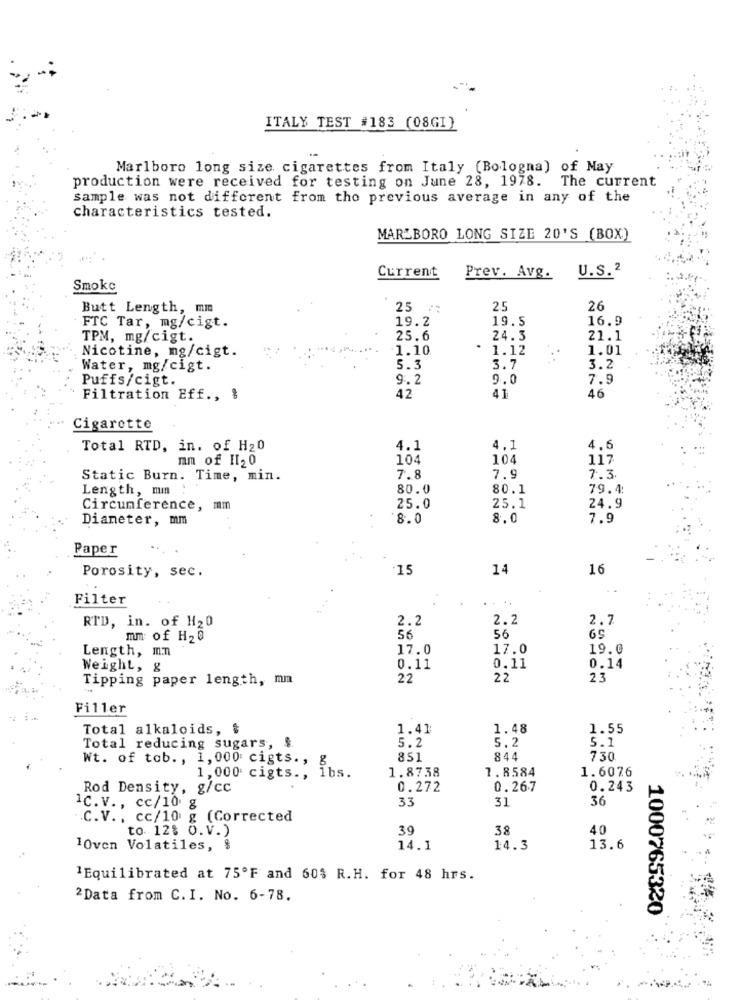
ITALY TEST #183 (08GI)
Marlboro long size cigarettes from Italy (Bologna) of May
production were received for testing on June 28, 1978. The current
sample was not different from the previous average in any of the
characteristics tested.
MARLBORO LONG SIZE 20'S (BOX)
Current
U.S. 2
Prev. Avg.
Smoke
Butt Length, mm
25
25
26
19.2
19.5
16.5
FTC Tar, mg/cigt.
TPM, mg/cigt.
25.6
24.3
21.1
Nicotine, mg/cigt.
1.10
* 1.12
1.01
Water, mg/cigt.
5.3
3.7
3.2
Puffs/cigt.
g .. 2
9.0
7.9
Filtration Eff ., &
42
41
46
Cigarette
Total RTD, in. of H20
4.1
4.1
4.6
mm of II20
104
104
117
Static Burn. Time, min.
7.8
7.9
7. 3.
Length, min
80.0
80.1
79.4:
Circumference, mm
25.0
25.1
24.9
Diameter, mm
8.0
8.0
7.9
Paper
Porosity, sec.
15
14
16
Filter
....
RTD, in. of H20
2.2
2.2
2.7
mm: of H2 0
56
56
Length, mn
17.0
17.0
19.0
Weight, g
0.11
0.11
0.14
Tipping paper length, mm
22
22
23
Filler
Total alkaloids, $
1.41
1.48
1.55
5.2
5.1
Total reducing sugars, $
5.2
Wt. of tob. , 1, 000 cigts. ,
851
844
730
1,000 cigts ., ibs.
1.8738
1.8584
1.6076
Rod Density, g/cc
0.272
0.267
0.243
33
31
36
IC. v. , cc/10 g
.C.V. , cc/10 g (Corrected
to 12% O.V.)
39
38
40
10ven Volatiles, $
14.1
14.3
13.6
1Equilibrated at 75ºF and 60% R.H. for 48 hrs.
2Data from C.I. No. 6-78.
1000765320